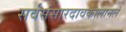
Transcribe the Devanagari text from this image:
सर्वसंसारदावकालानलं